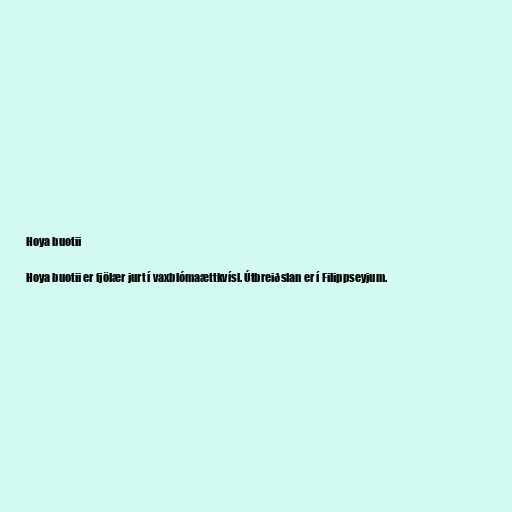
Hoya buotii

Hoya buotii er fjölær jurt í vaxblómaættkvísl. Útbreiðslan er í Filippseyjum.